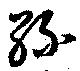
綠